Lunatic asylums Central Provinces reports 1886-1894 - 1886-1894
Year: 1886
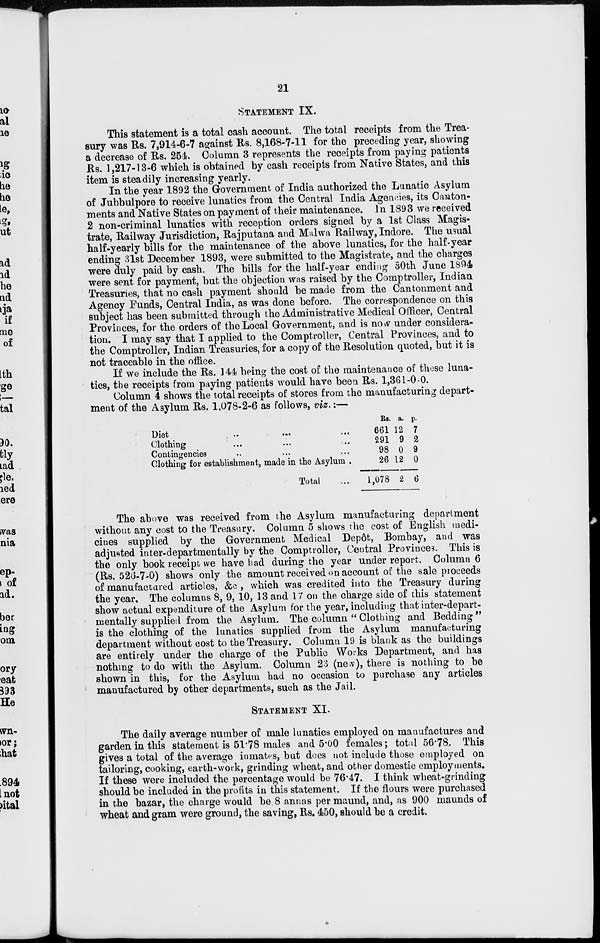
21
STATEMENT IX.
This statement is a total cash account. The total receipts from the Trea-
sury was Rs. 7,914-6-7 against Rs. 8,168-7-11 for the preceding year, showing
a decrease of Rs. 254. Column 3 represents the receipts from paying patients
Rs. 1,217-13-6 which is obtained by cash receipts from Native States, and this
item is steadily increasing yearly.
In the year 1892 the Government of India authorized the Lunatic Asylum
of Jubbulpore to receive lunatics from the Central India Agencies, its Canton-
ments and Native States on payment of their maintenance. In 1893 we received
2 non-criminal lunatics with reception orders signed by a 1st Class Magis-
trate, Railway Jurisdiction, Rajputana and Malwa Railway, Indore. The usual
half-yearly bills for the maintenance of the above lunatics, for the half-year
ending 31st December 1893, were submitted to the Magistrate, and the charges
were duly paid by cash. The bills for the half-year ending 30th June 1894
were sent for payment, but the objection was raised by the Comptroller, Indian
Treasuries, that no cash payment should be made from the Cantonment and
Agency Funds, Central India, as was done before. The correspondence on this
subject has been submitted through the Administrative Medical Officer, Central
Provinces, for the orders of the Local Government, and is now under considera-
tion, I may say that I applied to the Comptroller, Central Provinces, and to
the Comptroller, Indian Treasuries, for a copy of the Resolution quoted, but it is
not traceable in the office.
If we include the Rs. 144 being the cost of the maintenance of these luna-
tics, the receipts from paying patients would have been Rs. 1,361-0-0.
Column 4 shows the total receipts of stores from the manufacturing depart-
ment of the Asylum Rs. 1,078-2-6 as follows, viz.:—
Diet
...
...
...
Clothing ... ... ...
Contingencies ... ... ...
Clothing for establishment, made in the Asylum.
Total ...
Rs.
661
291
98
26
1,078
a.
12
9
0
12
2
p.
7
2
9
0
6
The above was received from the Asylum manufacturing department
without any cost to the Treasury. Column 5 shows the cost of English medi-
cines supplied by the Government Medical Depôt, Bombay, and was
adjusted inter-departmentally by the Comptroller, Central Provinces. This is
the only book receipt we have had during the year under report. Column 6
(Rs. 526-7-0) shows only the amount received on account of the sale proceeds
of manufactured articles, &c , which was credited into the Treasury during
the year. The columns 8, 9, 10, 13 and 17 on the charge side of this statement
show actual expenditure of the Asylum for the year, including that inter-depart-
mentally supplied from the Asylum. The column " Clothing and Bedding"
is the clothing of the lunatics supplied from the Asylum manufacturing
department without cost to the Treasury. Column 19 is blank as the buildings
are entirely under the charge of the Public Works Department, and has
nothing to do with the Asylum. Column 23 (new), there is nothing to be
shown in this, for the Asylum had no occasion to purchase any articles
manufactured by other departments, such as the Jail.
STATEMENT XI.
The daily average number of male lunatics employed on manufactures and
garden in this statement is 51.78 males and 5.00 females; total 56.78. This
gives a total of the average inmates, but does not include those employed on
tailoring, cooking, earth-work, grinding wheat, and other domestic employments.
If these were included the percentage would be 76.47. I think wheat-grinding
should be included in the profits in this statement. If the flours were purchased
in the bazar, the charge would be 8 annas per maund, and, as 900 maunds of
wheat and gram were ground, the saving, Rs. 450, should be a credit.